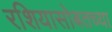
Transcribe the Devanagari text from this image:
रशियासोबतच्या